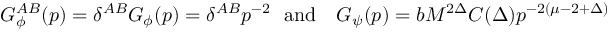
G _ { \phi } ^ { A B } ( p ) = \delta ^ { A B } G _ { \phi } ( p ) = { \delta ^ { A B } } { p ^ { - 2 } } \ \ \mathrm { a n d } \ \ \ G _ { \psi } ( p ) = { b } M ^ { 2 \Delta } C ( \Delta ) { p ^ { - 2 ( \mu - 2 + \Delta ) } }